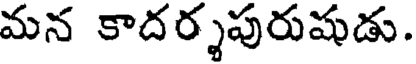
మన కాదర్శపురుషుడు.